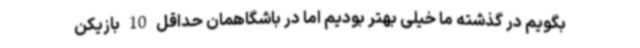
بگویم در گذشته ما خیلی بهتر بودیم اما در باشگاهمان حداقل 10 بازیکن